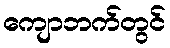
ကျောဘက်တွင်